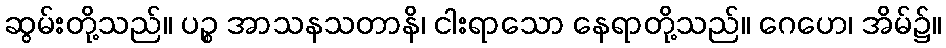
ဆွမ်းတို့သည်။ ပဉ္စ အာသနသတာနိ၊ ငါးရာသော နေရာတို့သည်။ ဂေဟေ၊ အိမ်၌။